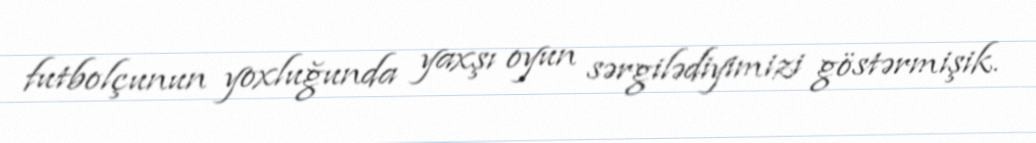
futbolçunun yoxluğunda yaxşı oyun sərgilədiyimizi göstərmişik.